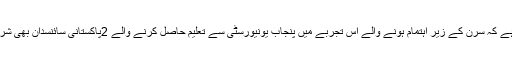
واضح رہے کہ سرن کے زیر اہتمام ہونے والے اس تجربے میں پنجاب یونیورسٹی سے تعلیم حاصل کرنے والے 2پاکستانی سائنسدان بھی شریک ہیں ۔